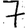
Digit: 7